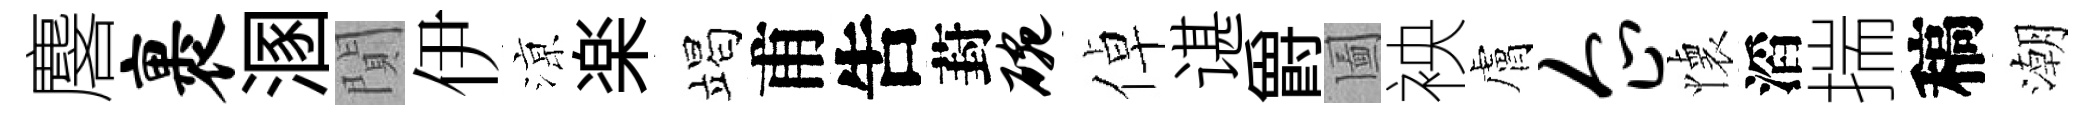
麐裹溷閴伊鿌楽竭甫吿葑碗倬谌爵圗䘧膚企懐滔揣稿潮